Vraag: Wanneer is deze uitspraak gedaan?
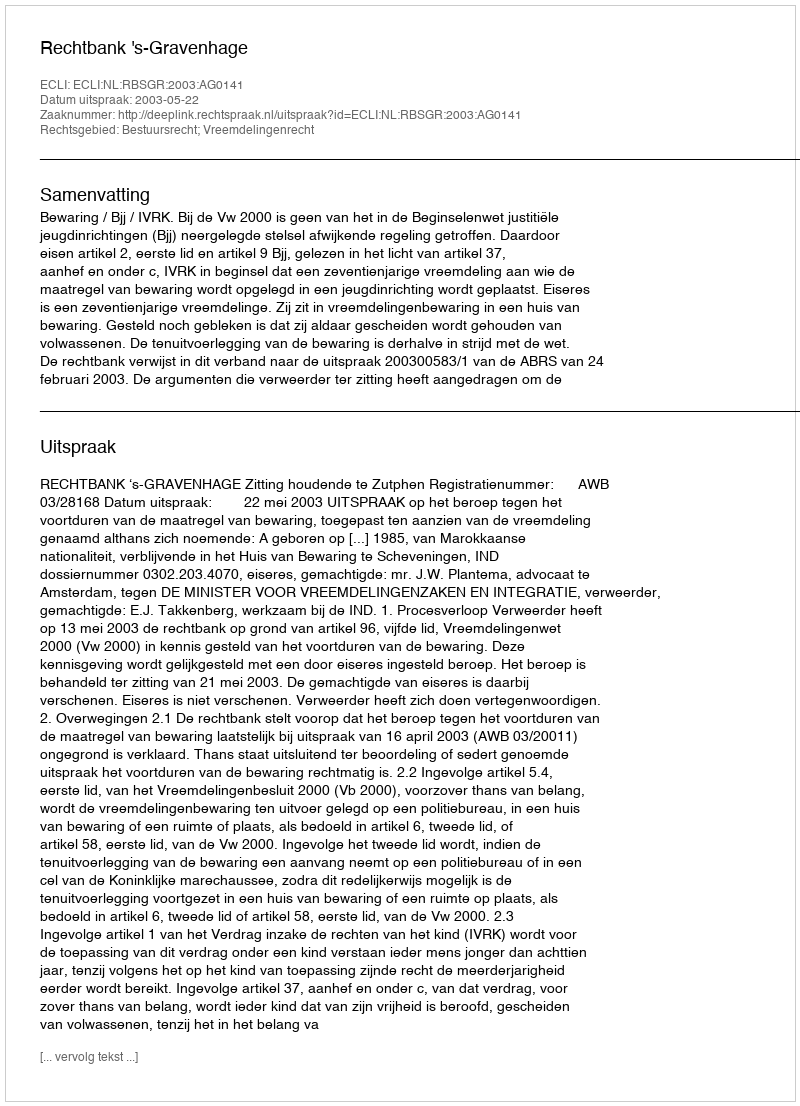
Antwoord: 2003-05-22